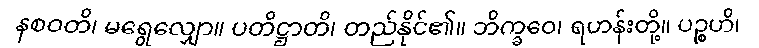
နစဝတိ၊ မရွေလျှော။ ပတိဋ္ဌာတိ၊ တည်နိုင်၏။ ဘိက္ခဝေ၊ ရဟန်းတို့။ ပဉ္စဟိ၊